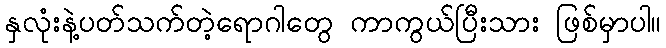
နှလုံးနဲ့ပတ်သက်တဲ့ရောဂါတွေ ကာကွယ်ပြီးသား ဖြစ်မှာပါ။